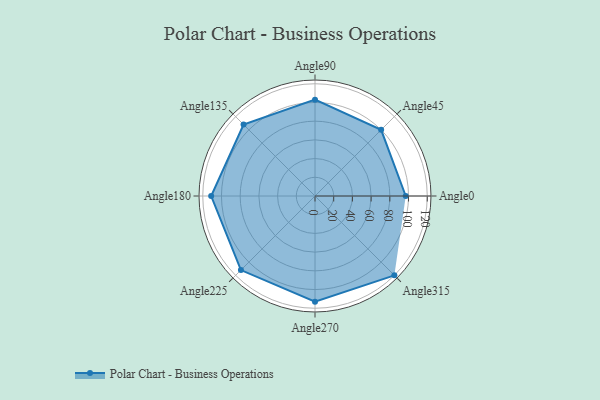
{"axis": {"x": "Angle", "y": "Radius"}, "legend": [""], "data": [{"x": "Angle0", "y": 97.0, "type": ""}, {"x": "Angle45", "y": 100.0, "type": ""}, {"x": "Angle90", "y": 103.0, "type": ""}, {"x": "Angle135", "y": 108.0, "type": ""}, {"x": "Angle180", "y": 111.0, "type": ""}, {"x": "Angle225", "y": 112.0, "type": ""}, {"x": "Angle270", "y": 113.0, "type": ""}, {"x": "Angle315", "y": 120.0, "type": ""}]}